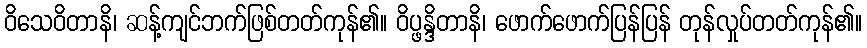
ဝိသေဝိတာနိ၊ ဆန့်ကျင်ဘက်ဖြစ်တတ်ကုန်၏။ ဝိပ္ဖန္ဒိတာနိ၊ ဖောက်ဖောက်ပြန်ပြန် တုန်လှုပ်တတ်ကုန်၏။